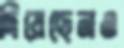
দিয়েছেনও